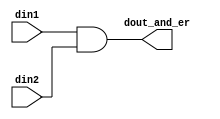
module and_er #(parameter DWIDTH = 8) (din1,din2,dout_and_er);
input [DWIDTH-1:0] din1;
input [DWIDTH-1:0] din2;
output [DWIDTH-1:0] dout_and_er;

assign dout_and_er = din1 & din2;

endmodule